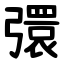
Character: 彋